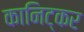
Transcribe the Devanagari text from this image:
कानिट्कर